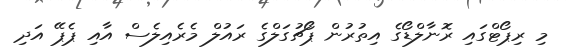
މި ރިޕޯޓްގައި ރޮނާލްޑޯގެ އިތުރުން ޕޯޗުގަލްގެ ރައުލް މެރެއިލެސް އާއި ޕެޕޭ އަދި